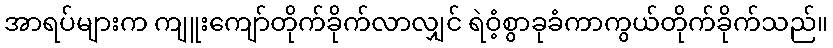
အာရပ်များက ကျူးကျော်တိုက်ခိုက်လာလျှင် ရဲဝံ့စွာခုခံကာကွယ်တိုက်ခိုက်သည်။